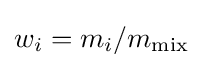
w_{i}=m_{i}/m_{\rm {mix}}\,\!